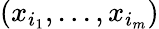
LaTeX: (x_{i_{1}},...,x_{i_{m}})